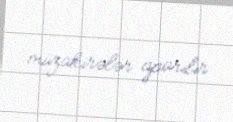
müzakirələr aparılır.